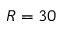
R = 3 0